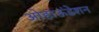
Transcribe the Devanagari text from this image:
ओहाऊंडेशन